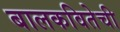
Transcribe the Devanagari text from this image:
बालकवितेची